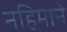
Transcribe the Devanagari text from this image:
नहिमाने